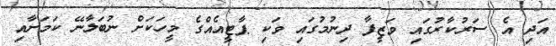
އަދި އެ ސަރުކާރުގައި ވަޒީފާ ދިނުމުގައި ވަކި ޕާޓީއެއްގެ މީހަކަށް ނުބަލާނޭ ކަމަށާއި